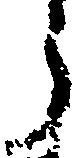
ら